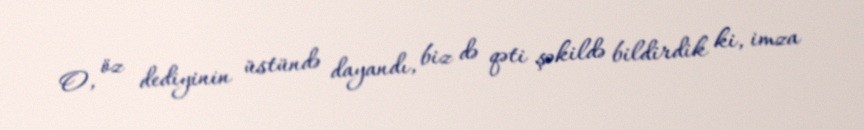
O, öz dediyinin üstündə dayandı, biz də qəti şəkildə bildirdik ki, imza